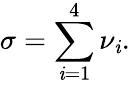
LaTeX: \sigma=\sum_{\mathit{i}=1}^{4}\nu_{\mathit{i}}.